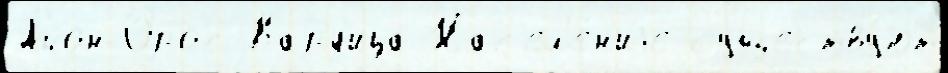
Айон-Орос Кард'ица Нас'ел'е́н'иjе существу́ют